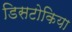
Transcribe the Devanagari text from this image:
डिसटोकिया